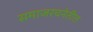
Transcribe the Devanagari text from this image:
समाजरचनेतील